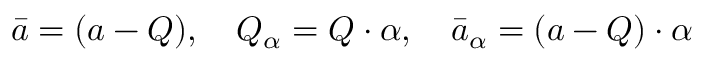
\bar { a } = ( a - Q ) , \quad Q _ { \alpha } = Q \cdot \alpha , \quad \bar { a } _ { \alpha } = ( a - Q ) \cdot \alpha